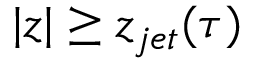
| z | \geq z _ { j e t } ( \tau )